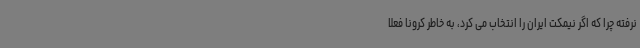
نرفته چرا که اگر نیمکت ایران را انتخاب می کرد، به خاطر کرونا فعلا